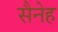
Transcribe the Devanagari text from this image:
सैनेह